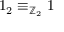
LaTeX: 1 _ { 2 } \equiv _ { \mathbb { Z } _ { 2 } } 1